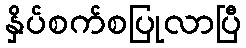
နှိပ်စက်စပြုလာပြီ